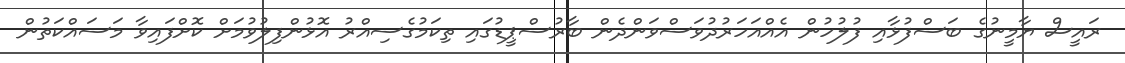
ރައީސް ޔާމީނުގެ ބަސްފުޅާއި ފުލުހުން އެއްއަހަރުދުވަސްވަންދެން ބާރުސްޕީޑުގައި ތިކަމުގެސިއްރު އޮޅުންފިލުވުމަށް ކޮށްފައިވާ މަސައްކަތުން